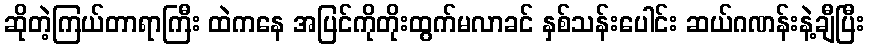
ဆိုတဲ့ကြယ်တာရာကြီး ထဲကနေ အပြင်ကိုတိုးထွက်မလာခင် နှစ်သန်းပေါင်း ဆယ်ဂဏန်းနဲ့ချီပြီး